Annual report of the Punjab Veterinary College and of the Civil Veterinary Department, Punjab - 1926-1932
Year: 1926
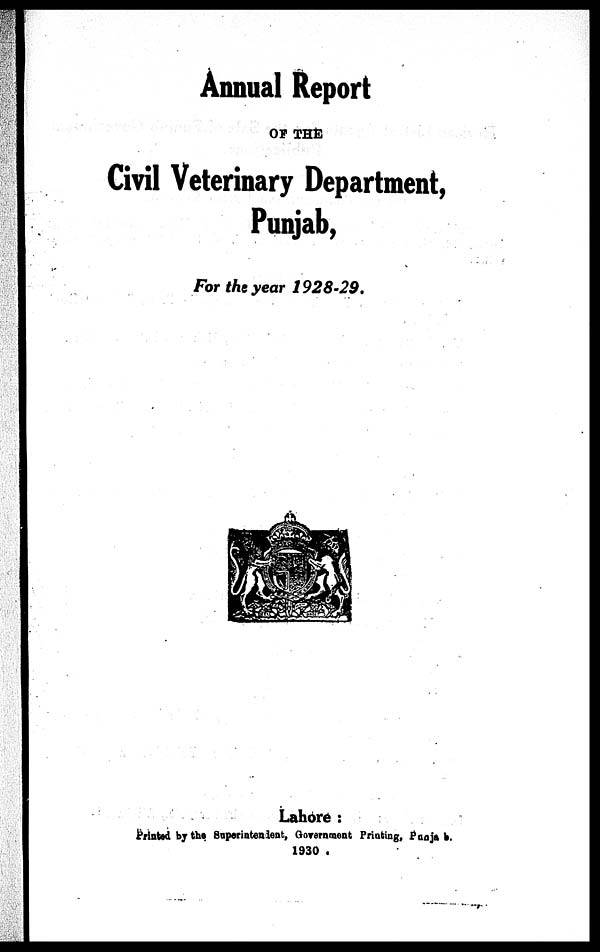
Annual Report
OF THE
Civil Veterinary Department,
Punjab,
For the year 1928-29.
Lahore
Printed by the Superintendent, Government Printing, Punjab.
1930.